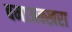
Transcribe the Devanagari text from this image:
बमाअक्खरा